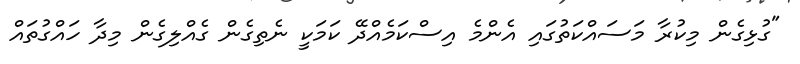
"ގުޅިގެން މިކުރާ މަސައްކަތުގައި އެންމެ އިސްކަމެއްދޭ ކަމަކީ ނެތިގެން ގެއްލިގެން މިދާ ހައްގުތައް